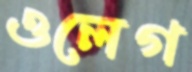
ওলেগ